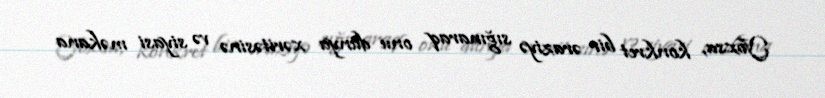
Yoxsa, konkret bir əraziyə sığınaraq onu dünya xəritəsinə və siyasi məkana